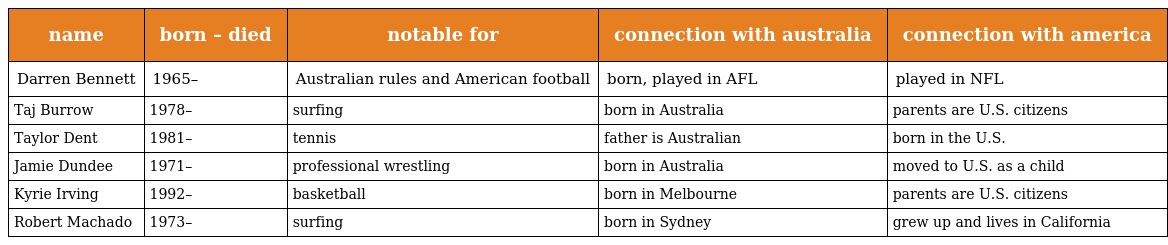
| name | born – died | notable for | connection with australia | connection with america |
 | --- | --- | --- | --- | --- |
 | Darren Bennett | 1965– | Australian rules and American football | born, played in AFL | played in NFL |
 | Taj Burrow | 1978– | surfing | born in Australia | parents are U.S. citizens |
 | Taylor Dent | 1981– | tennis | father is Australian | born in the U.S. |
 | Jamie Dundee | 1971– | professional wrestling | born in Australia | moved to U.S. as a child |
 | Kyrie Irving | 1992– | basketball | born in Melbourne | parents are U.S. citizens |
 | Robert Machado | 1973– | surfing | born in Sydney | grew up and lives in California |